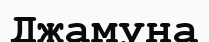
Джамуна